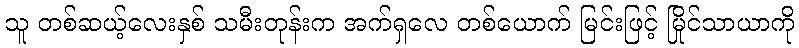
သူ တစ်ဆယ့်လေးနှစ် သမီးတုန်းက အက်ရှလေ တစ်ယောက် မြင်းဖြင့် မြိုင်သာယာကို